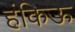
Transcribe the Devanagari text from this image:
हंकिऊ